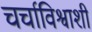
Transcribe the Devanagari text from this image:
चर्चाविश्वाशी